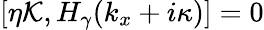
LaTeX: \begin{array}{r}{[\eta\mathcal{K},H_{\gamma}(k_{x}+i\kappa)]=0}\end{array}